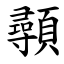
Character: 䫮